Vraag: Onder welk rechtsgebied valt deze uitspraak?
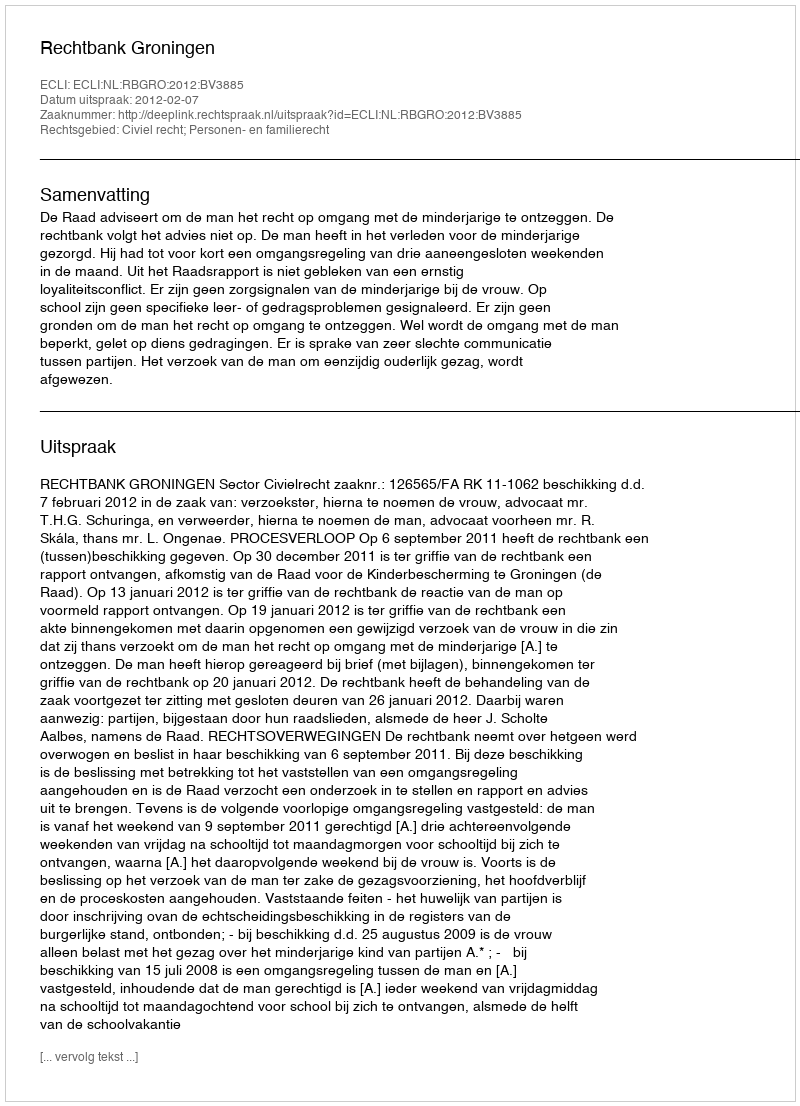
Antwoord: Civiel recht; Personen- en familierecht